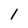
Character: 1